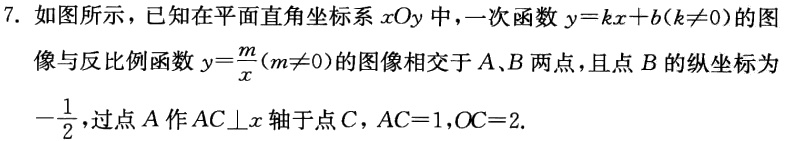
7. 如图所示，已知在平面直角坐标系\(xOy\)中，一次函数\(y = kx + b(k\neq0)\)的图像与反比例函数\(y=\frac{m}{x}(m\neq0)\)的图像相交于\(A、B\)两点，且点\(B\)的纵坐标为\(-\frac{1}{2}\)，过点\(A\)作\(AC\perp x\)轴于点\(C\)，\(AC = 1\)，\(OC = 2\).